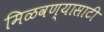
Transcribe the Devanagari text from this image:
मिळवण्यासाटी